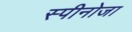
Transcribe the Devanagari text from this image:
स्पीनोजा